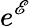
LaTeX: e^{\mathscr{E}}